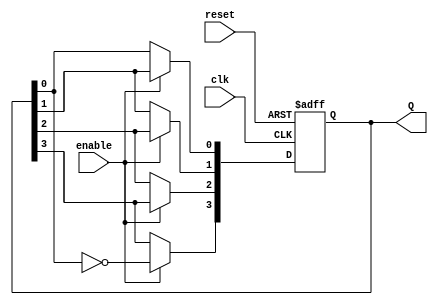
module JohnsonCounter (
    input wire clk,          // Clock input
    input wire reset,        // Asynchronous reset
    input wire enable,       // Enable signal
    output reg [3:0] Q       // 4-bit output
);

    // Sequential logic for the Johnson counter
    always @(posedge clk or posedge reset) begin
        if (reset) begin
            Q <= 4'b0000;    // Reset the counter to 0000
        end else if (enable) begin
            Q[3] <= ~Q[0];    // Feedback the inverted output of Q3 to D0
            Q[2] <= Q[3];     // Shift Q3 to Q2
            Q[1] <= Q[2];     // Shift Q2 to Q1
            Q[0] <= Q[1];     // Shift Q1 to Q0
        end
    end

endmodule